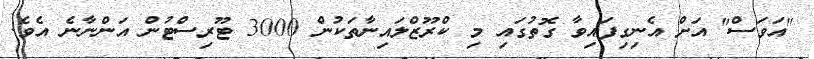
"އަވަސް" އަށް އެނިގިފައިވާ ގޮތުގައި މި ކްރޫޒްލައިނާތަކުން 3000 ޓޫރިސްޓުން އަންނާނެ އެވެ.